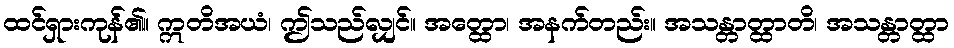
ထင်ရှားကုန်၏။ ဣတိအယံ၊ ဤသည်လျှင်။ အတ္ထော၊ အနက်တည်း။ အသန္တာတ္ထာတိ၊ အသန္တာတ္ထာ